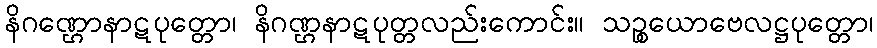
နိဂဏ္ဌောနာဋပုတ္တော၊ နိဂဏ္ဌနာဋပုတ္တလည်းကောင်း။ သဉ္စယောဗေလဋ္ဌပုတ္တော၊